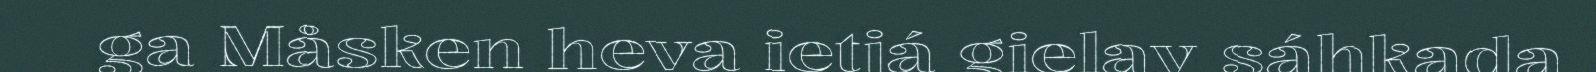
ga Måsken heva ietjá gielav sáhkada